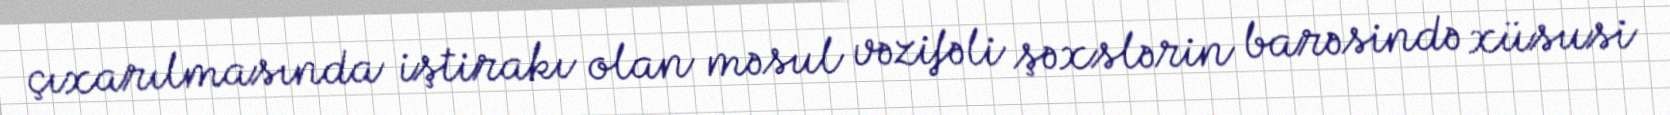
çıxarılmasında iştirakı olan məsul vəzifəli şəxslərin barəsində xüsusi